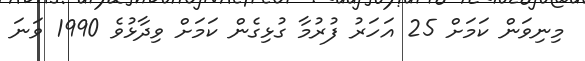
މިނިވަން ކަމަށް 25 އަހަރު ފުރުމާ ގުޅިގެން ކަމަށް ވިދާޅުވެ 1990 ވަނަ